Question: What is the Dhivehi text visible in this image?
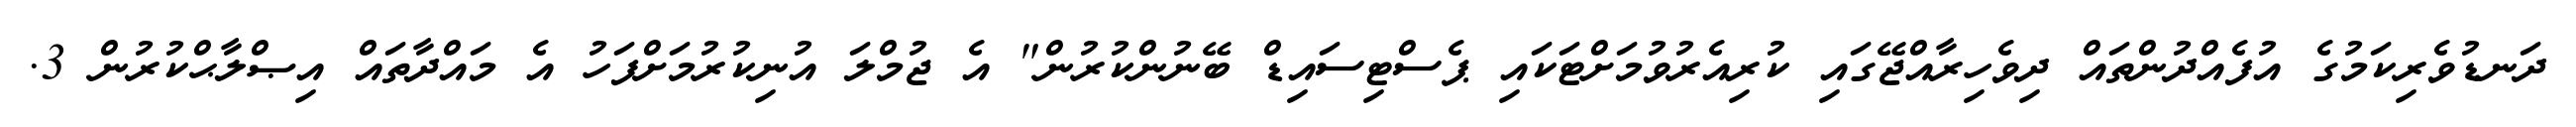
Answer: ދަނޑުވެރިކަމުގެ އުފެއްދުންތައް ދިވެހިރާއްޖޭގައި ކުރިއެރުވުމަށްޓަކައި ޕެސްޓިސައިޑް ބޭނުންކުރުން" އެ ޖުމްލަ އުނިކުރުމަށްފަހު އެ މައްދާތައް އިޞްލާޙްކުރުން 3.